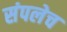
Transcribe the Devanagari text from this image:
संपलेच